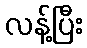
လန့်ပြီး